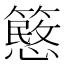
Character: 𥴲